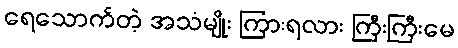
ရေသောက်တဲ့ အသံမျိုး ကြားရလား ကြီးကြီးမေ